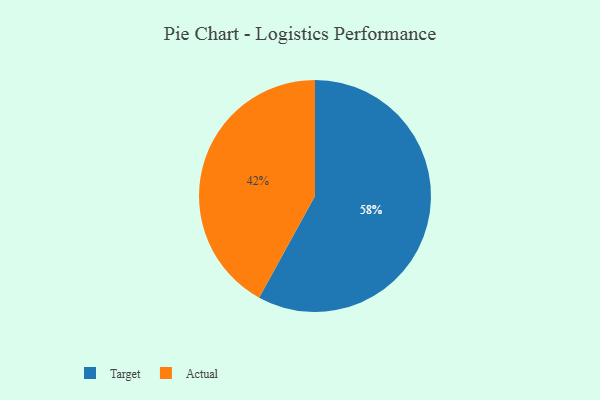
{"axis": {"x": "Category", "y": "Percentage"}, "legend": ["Actual", "Target"], "data": [{"x": "Actual", "y": 42, "type": "Actual"}, {"x": "Target", "y": 58, "type": "Target"}]}